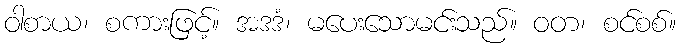
ဝါစာယ၊ စကားဖြင့်။ အဒဒံ၊ မပေးသောမင်းသည်။ ဝတ၊ စင်စစ်။